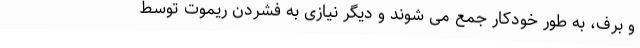
و برف، به طور خودکار جمع می شوند و دیگر نیازی به فشردن ریموت توسط